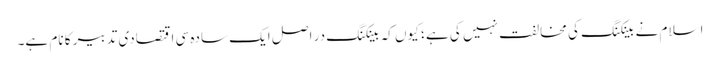
اسلام نے بینکنگ کی مخالفت نہیں کی ہے ؛ کیوں کہ بینکنگ در اصل ایک سادہ سی اقتصادی تدبیر کا نام ہے۔